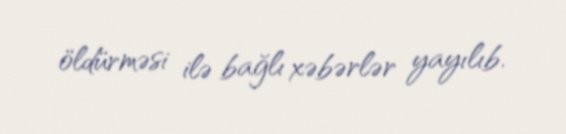
öldürməsi ilə bağlı xəbərlər yayılıb.